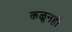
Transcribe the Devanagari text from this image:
कळूनही